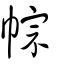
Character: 𢃏